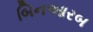
બિનઆરબ